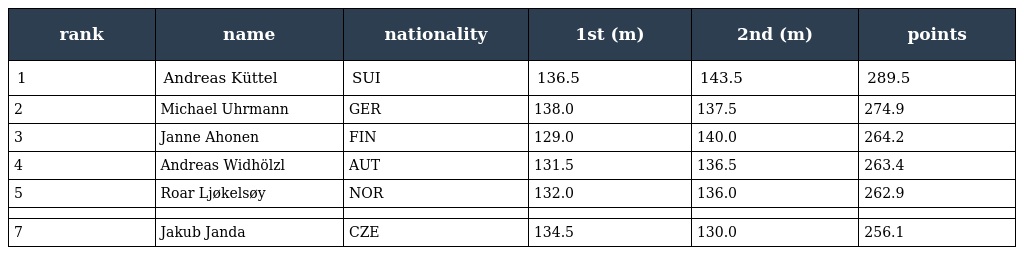
| rank | name | nationality | 1st (m) | 2nd (m) | points |
 | --- | --- | --- | --- | --- | --- |
 | 1 | Andreas Küttel | SUI | 136.5 | 143.5 | 289.5 |
 | 2 | Michael Uhrmann | GER | 138.0 | 137.5 | 274.9 |
 | 3 | Janne Ahonen | FIN | 129.0 | 140.0 | 264.2 |
 | 4 | Andreas Widhölzl | AUT | 131.5 | 136.5 | 263.4 |
 | 5 | Roar Ljøkelsøy | NOR | 132.0 | 136.0 | 262.9 |
 |  |  |  |  |  |  |
 | 7 | Jakub Janda | CZE | 134.5 | 130.0 | 256.1 |